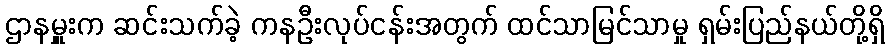
ဌာနမှူးက ဆင်းသက်ခဲ့ ကနဦးလုပ်ငန်းအတွက် ထင်သာမြင်သာမှု ရှမ်းပြည်နယ်တို့ရှိ